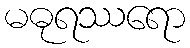
မဓုရဿရော